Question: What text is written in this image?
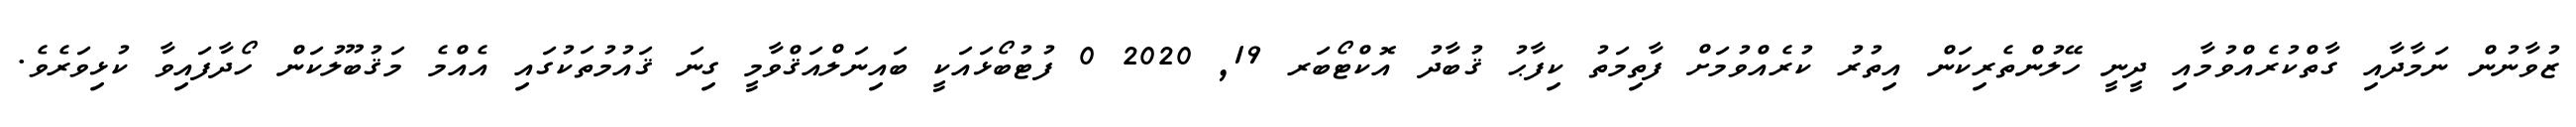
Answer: ޒުވާނުން ނަމާދާއި ގާތްކުރެއްވުމާއި ދީނީ ހޭލުންތެރިކަން އިތުރު ކުރެއްވުމަށް ފާތިމަތު ކިފާޙު ޤުބާދު އޮކްޓޯބަރ 19, 2020 0 ފުޓުބޯޅައަކީ ބައިނަލްއަޤްވާމީ ގިނަ ޤައުމުތަކުގައި އެއްމެ މަޤުބޫލުކަން ހޯދާފައިވާ ކުޅިވަރެވެ.